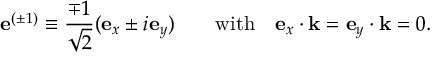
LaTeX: \mathbf { e } ^ { ( \pm 1 ) } \equiv { \frac { \mp 1 } { \sqrt { 2 } } } ( \mathbf { e } _ { x } \pm i \mathbf { e } _ { y } ) \qquad { \mathrm { w i t h } } \quad \mathbf { e } _ { x } \cdot \mathbf { k } = \mathbf { e } _ { y } \cdot \mathbf { k } = 0 .